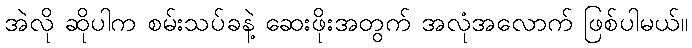
အဲလို ဆိုပါက စမ်းသပ်ခနဲ့ ဆေးဖိုးအတွက် အလုံအလောက် ဖြစ်ပါမယ်။